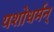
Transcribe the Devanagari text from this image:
यशोधर्मन्‌